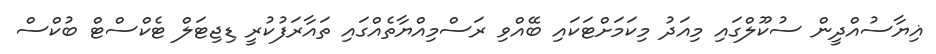
ޣިޔާސުއްދީން ސުކޫލްގައި މިއަދު މިކަމަށްޓަކައި ބޭއްވި ރަސްމިއްޔާތެއްގައި ތައާރަފުކުރީ ޑިޖިޓަލް ޓެކްސްޓް ބުކްސް